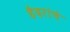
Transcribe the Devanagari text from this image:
हैदरांचे